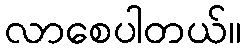
လာစေပါတယ်။